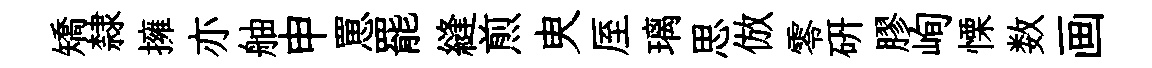
矯隸擁亦舳申罳罷縫煎㬰厔璃思倣零硏膠峋慄数画